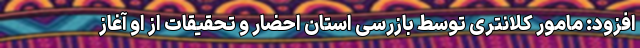
افزود: مامور کلانتری توسط بازرسی استان احضار و تحقیقات از او آغاز